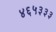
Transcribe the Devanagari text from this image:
४६५३३३